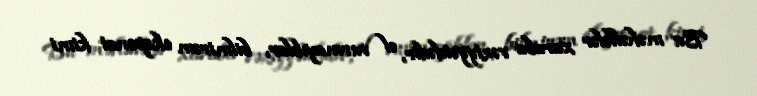
Bu məhəllələr xaraba vəziyyətdədir, əl vurmayıblar, bilmirəm eksponat kimi